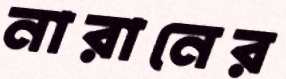
নারানের